65_HS1-834228961_62-HQ-83894_Section_6
Agency: FBI
Page 258
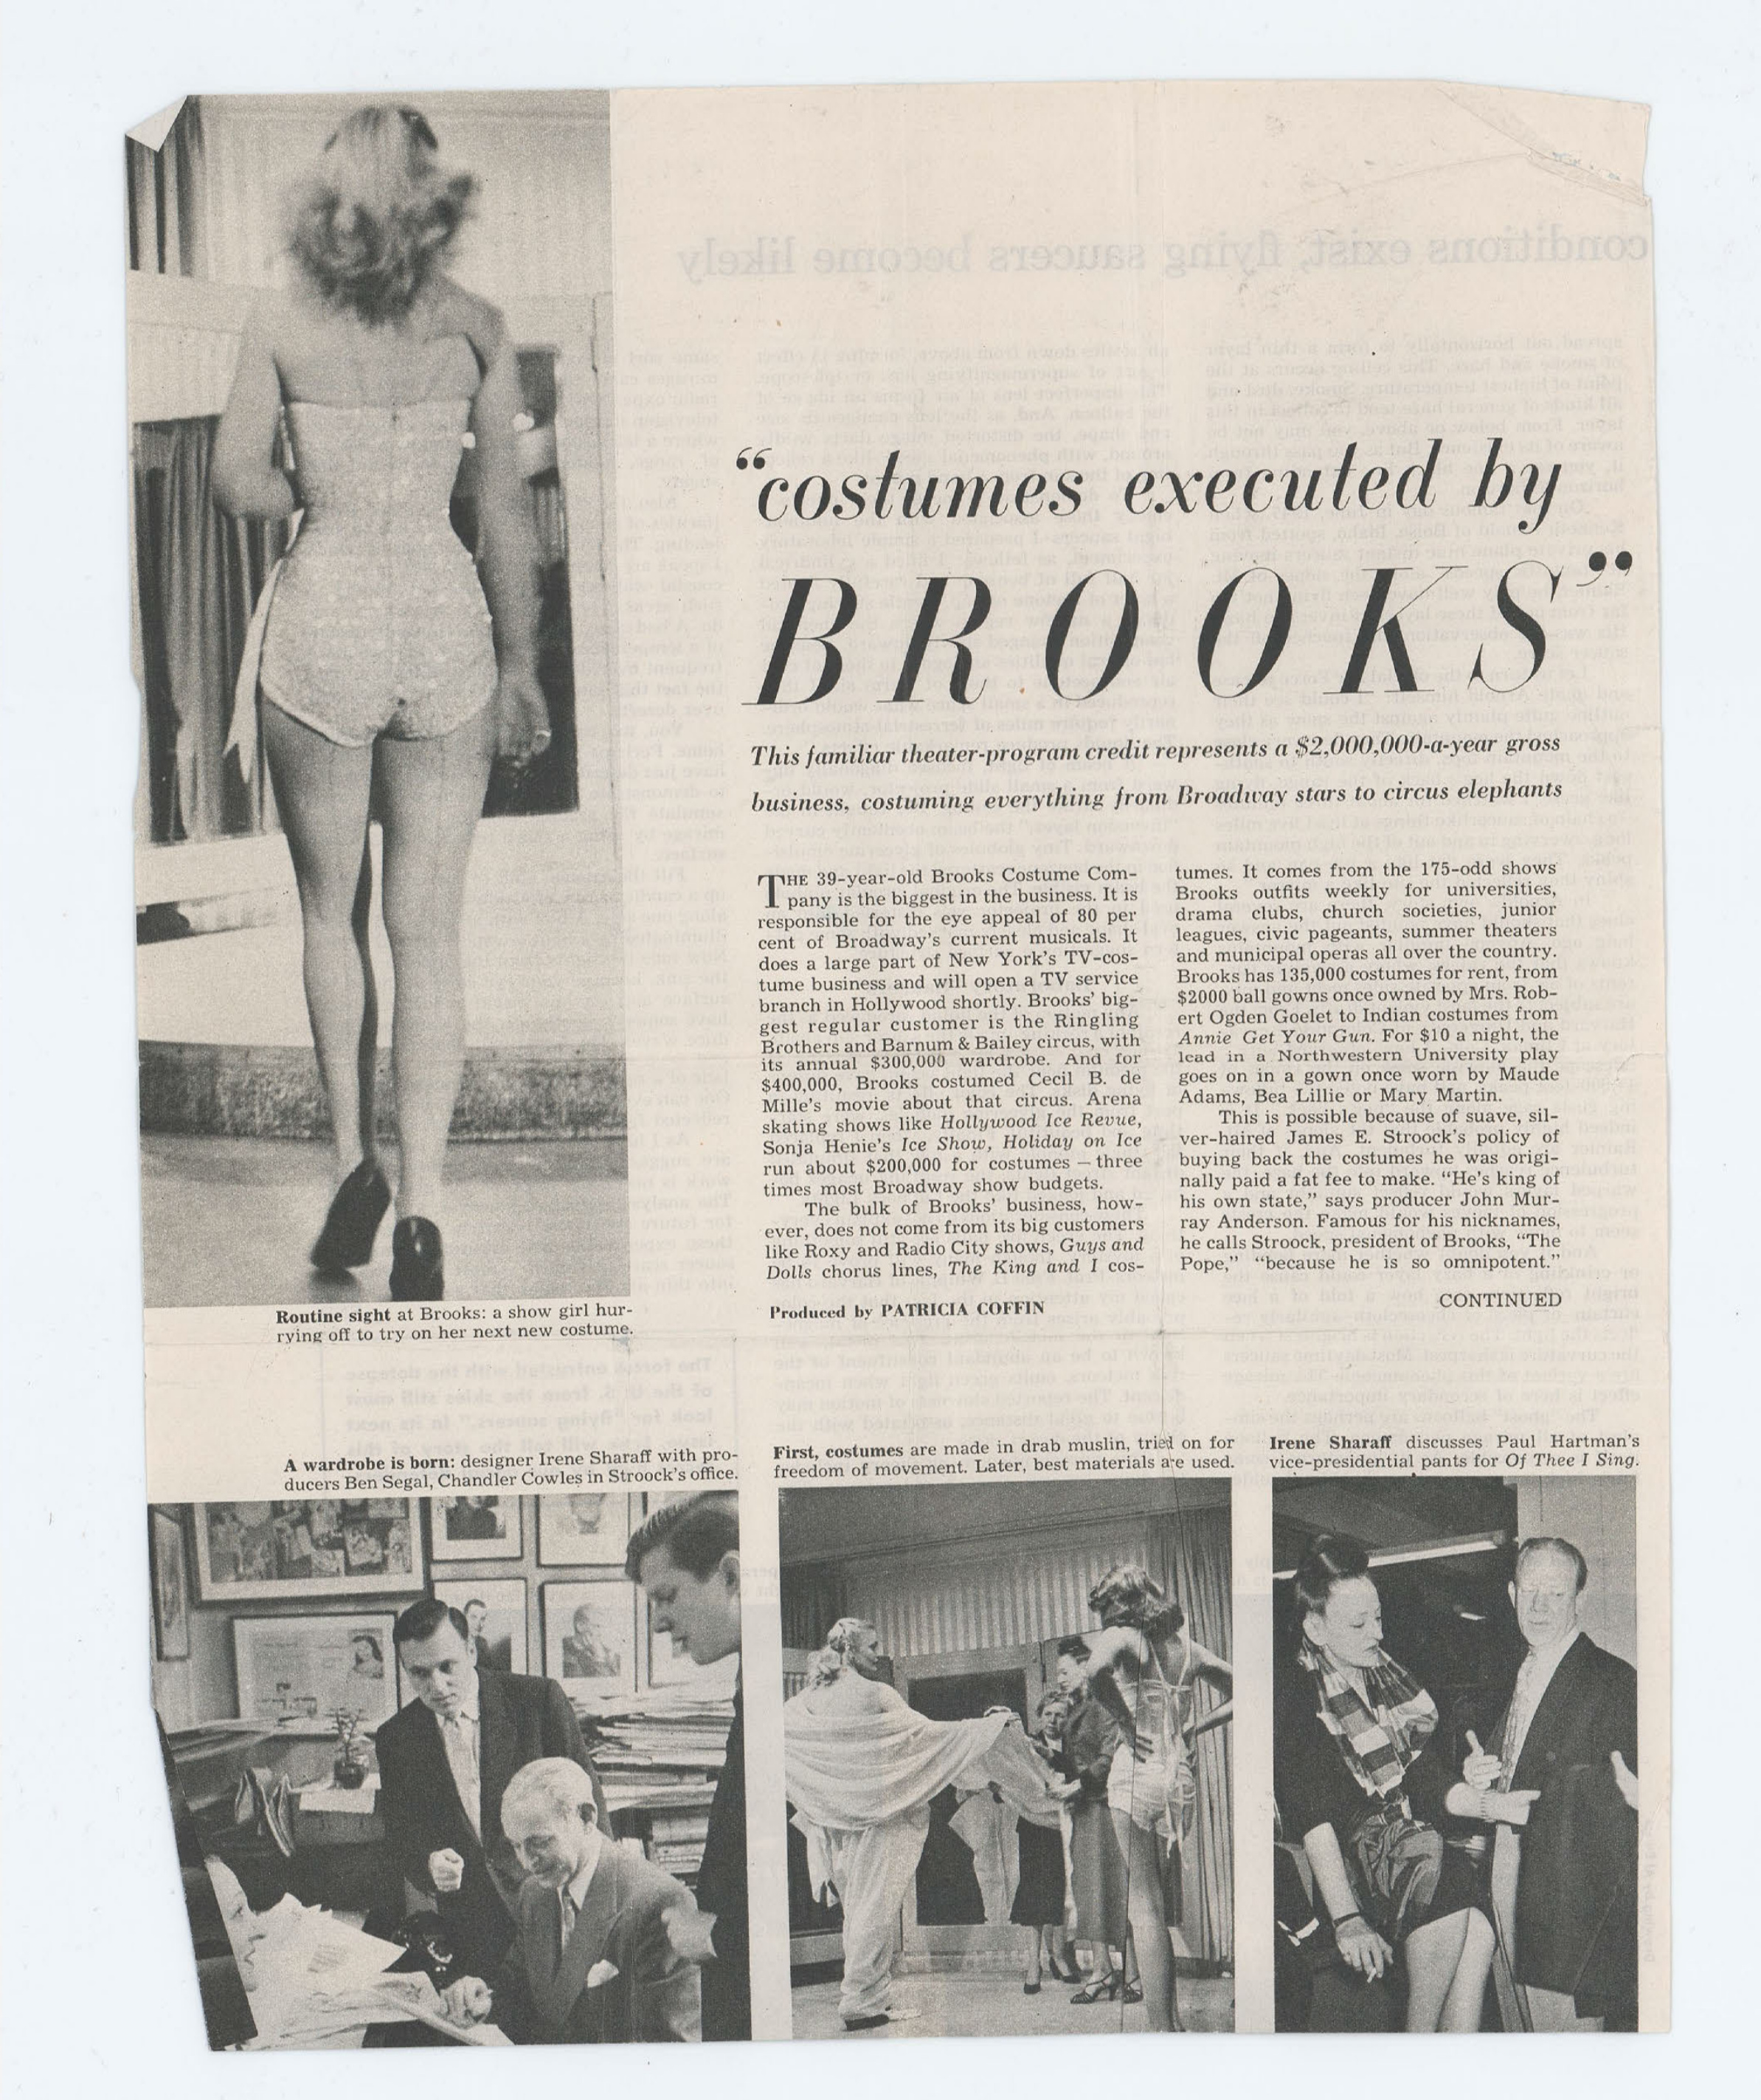